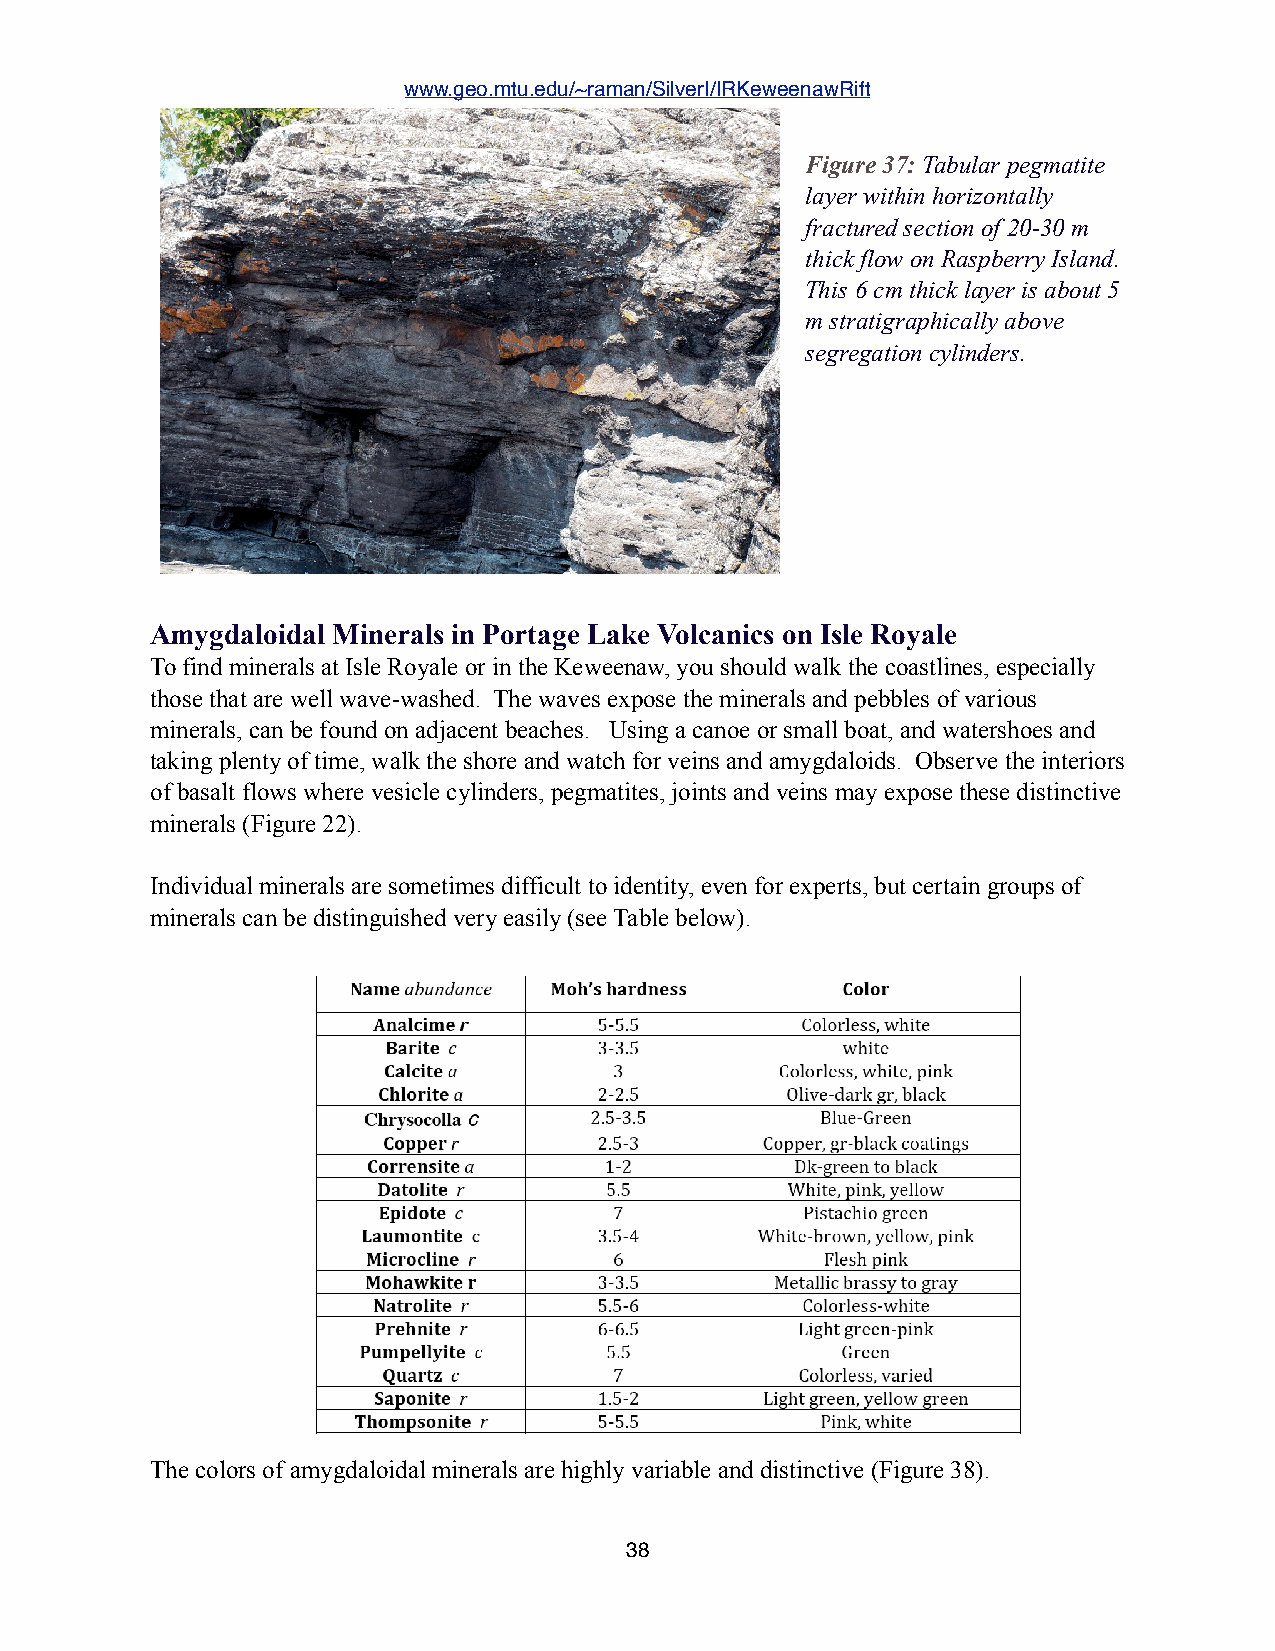
www.geo.mtu.edu/~raman/SilverI/IRKeweenawRift
 Figure 37: Tabular pegmatite
 layer within horizontally
 fractured section of 20-30 m
 thick flow on Raspberry Island.
 This 6 cm thick layer is about 5
 m stratigraphically above
 segregation cylinders.
 Amygdaloidal Minerals in Portage Lake Volcanics on Isle Royale
 To find minerals at Isle Royale or in the Keweenaw, you should walk the coastlines, especially
 those that are well wave-washed. The waves expose the minerals and pebbles of various
 minerals, can be found on adjacent beaches. Using a canoe or small boat, and watershoes and
 taking plenty of time, walk the shore and watch for veins and amygdaloids. Observe the interiors
 of basalt flows where vesicle cylinders, pegmatites, joints and veins may expose these distinctive
 minerals (Figure 22).
 Individual minerals are sometimes difficult to identity, even for experts, but certain groups of
 minerals can be distinguished very easily (see Table below).
 The colors of amygdaloidal minerals are highly variable and distinctive (Figure 38).
 38